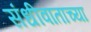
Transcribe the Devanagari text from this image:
संधीवाताच्या